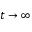
t \rightarrow \infty